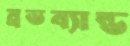
ব্রডব্যান্ড